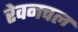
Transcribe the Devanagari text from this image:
रेवनचल